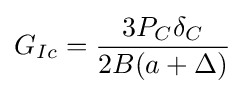
G_{Ic}={\frac {3P_{C}\delta _{C}}{2B(a+\Delta )}}